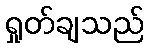
ရှုတ်ချသည်